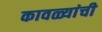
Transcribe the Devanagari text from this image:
कावळ्यांची